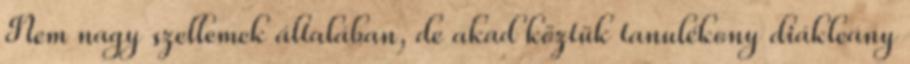
Nem nagy szellemek általában, de akad köztük tanulékony diákleány